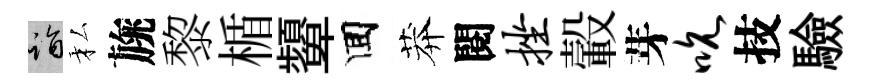
诣私旐黎楯顰囬莽閱挫轂芽吮技驗